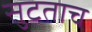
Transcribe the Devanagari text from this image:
सुटताच